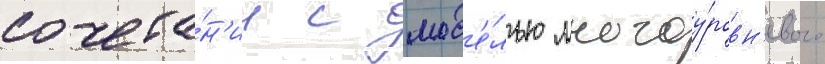
сочета́н'ии с мод'е́лью многоу́ровн'евого